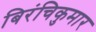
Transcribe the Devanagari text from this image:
बिरंचिकुमार